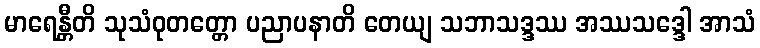
မာရေန္တီတိ သုသံဝုတတ္တော ပညာပနာတိ တေယျ သဘာသဒ္ဒဿ အဿသဒ္ဒေါ အာသံ